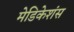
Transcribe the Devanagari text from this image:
मेडिकेशंस